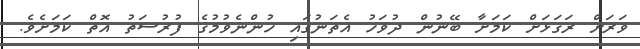
ވަރަށް ރަގަޅަށް ކަމަށާ ބޭނުން ދުވަހު އެތަނުގައި ހުންނެވުމުގެ ފުރުސަތު އޮތް ކަމަށެވެ.